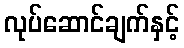
လုပ်ဆောင်ချက်နှင့်